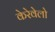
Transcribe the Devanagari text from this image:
केरेवेलो